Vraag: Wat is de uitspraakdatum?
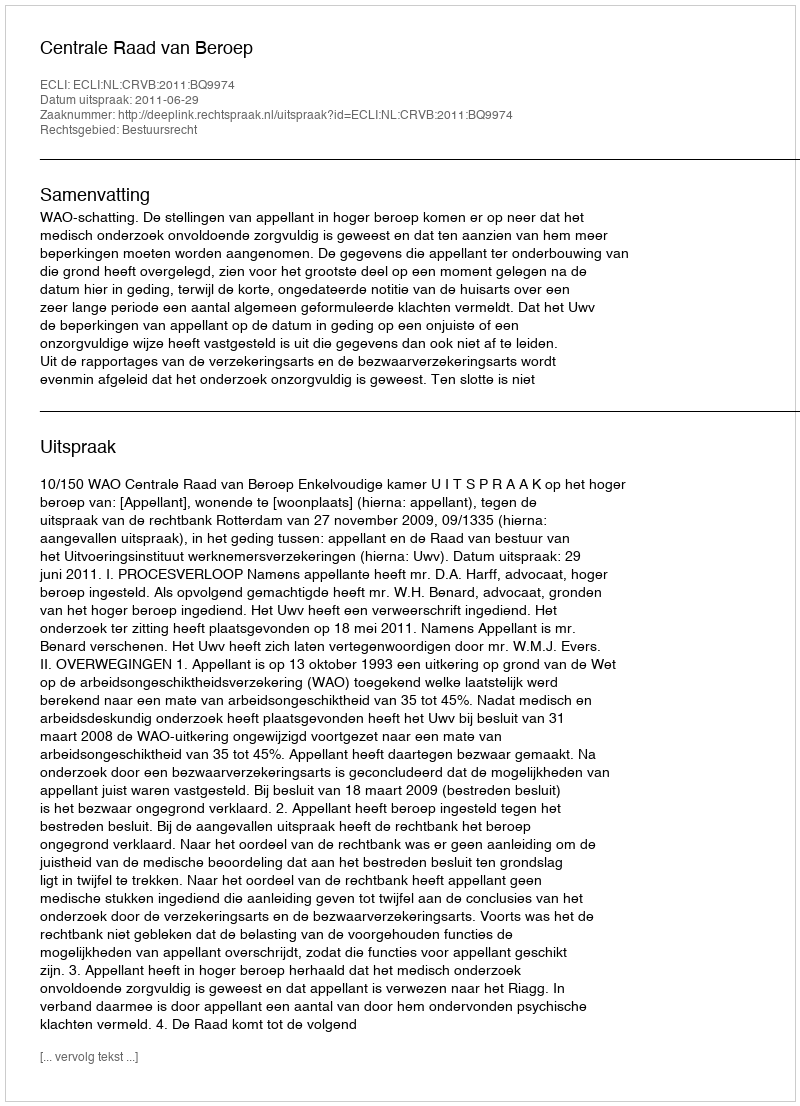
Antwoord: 2011-06-29